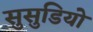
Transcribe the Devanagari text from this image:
सुसुडियो